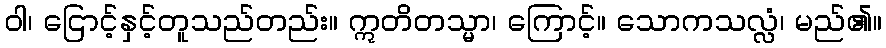
ဝါ၊ ငြောင့်နှင့်တူသည်တည်း။ ဣတိတသ္မာ၊ ကြောင့်။ သောကသလ္လံ၊ မည်၏။